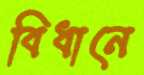
বিধানে